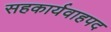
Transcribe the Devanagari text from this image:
सहकार्यवाहपद